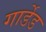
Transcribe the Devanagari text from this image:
गार्डेड